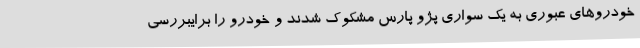
خودروهای عبوری به یک سواری پژو پارس مشکوک شدند و خودرو را برایبررسی